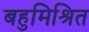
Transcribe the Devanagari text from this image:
बहुमिश्रित